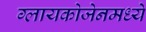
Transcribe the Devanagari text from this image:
ग्लायकोजेनमध्ये